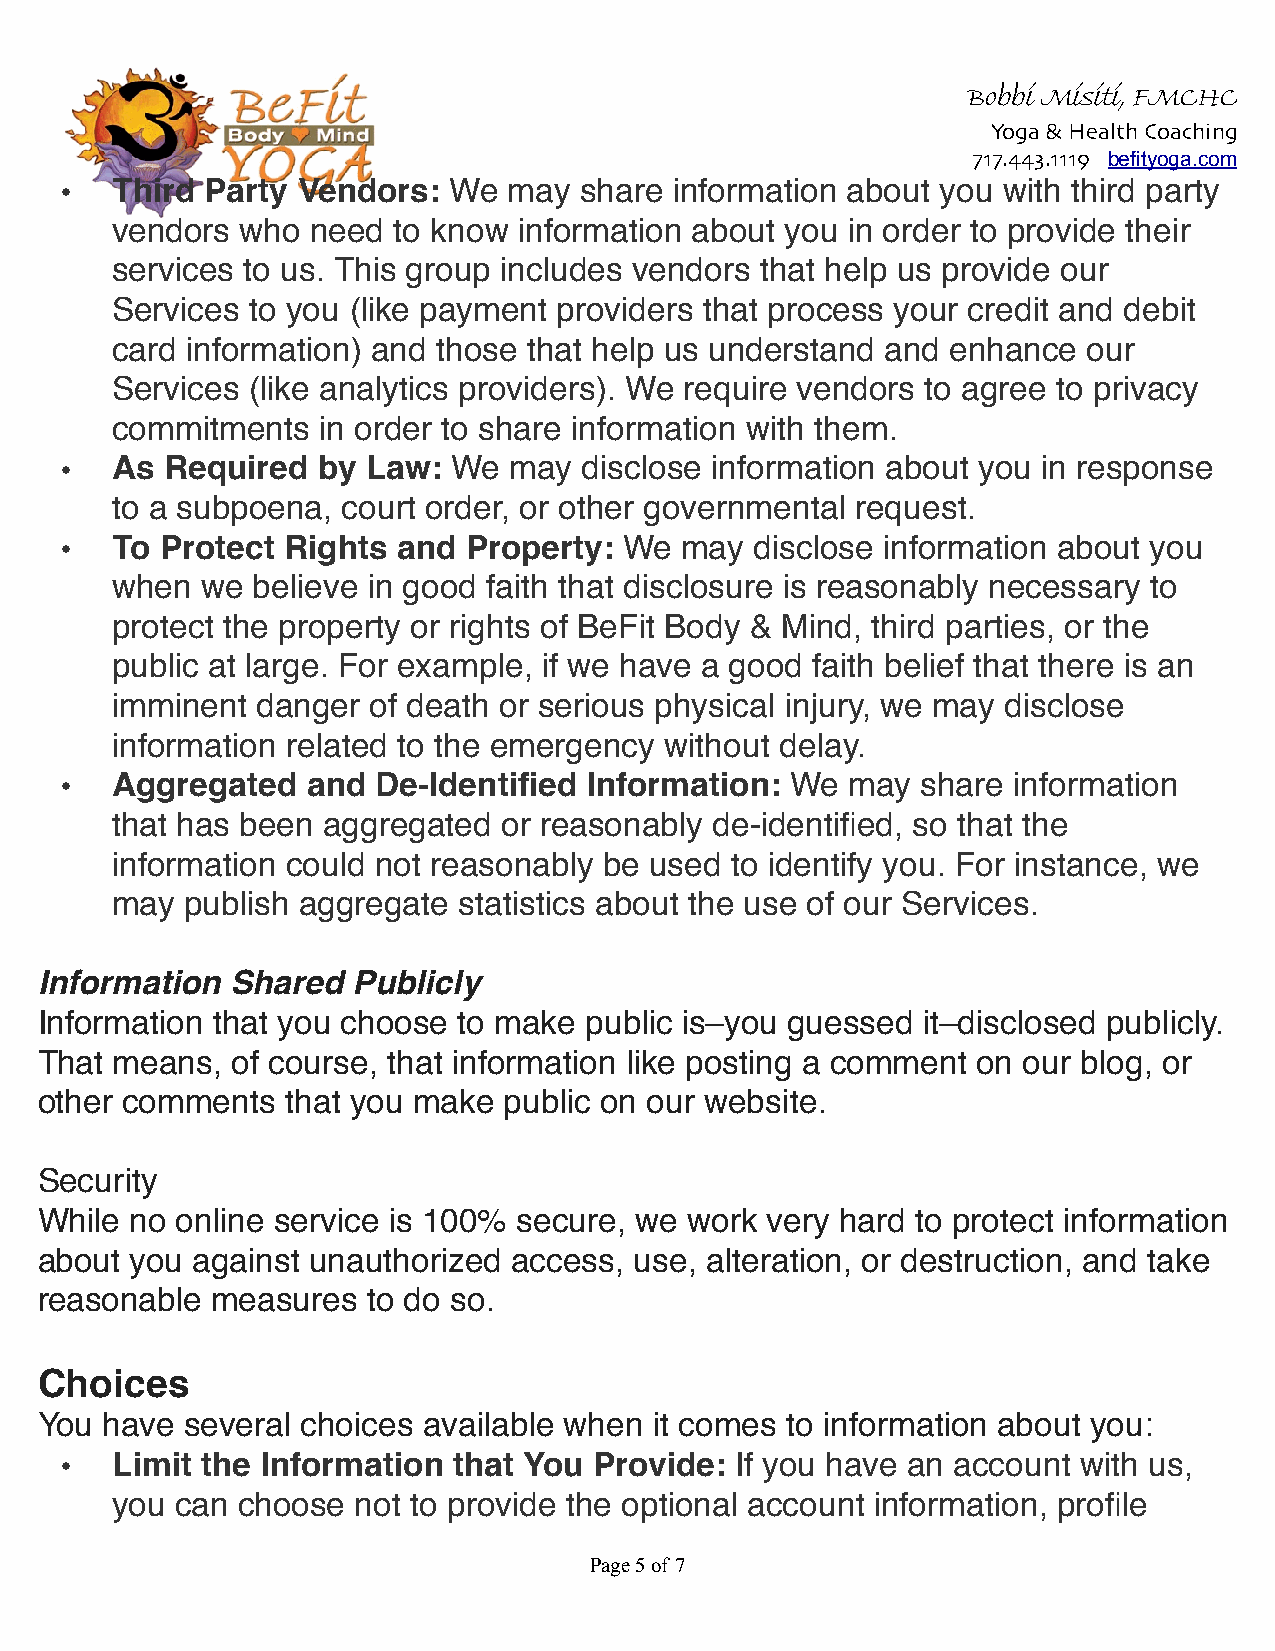
Bobbi Misiti, FMCHC
 Yoga & Health Coaching
 717.443.1119 befityoga.com
 •  Third  Party Vendors:  We  may share  information about you with third party
 vendors  who  need to know information about you in order to provide their
 services to us. This group includes vendors that help us provide our
 Services  to you (like payment providers that process your credit and debit
 card information) and those that help us understand and enhance  our
 Services  (like analytics providers). We require vendors to agree to privacy
 commitments   in order to share information with them.
 •  As  Required  by Law:  We  may  disclose information about you in response
 to a subpoena,  court order, or other governmental request.
 •  To  Protect Rights and  Property: We  may  disclose information about you
 when  we  believe in good faith that disclosure is reasonably necessary to
 protect the property or rights of BeFit Body & Mind, third parties, or the
 public at large. For example, if we have a good faith belief that there is an
 imminent  danger of death or serious physical injury, we may disclose
 information related to the emergency without delay.
 •  Aggregated   and  De-Identified Information: We  may  share information
 that has been aggregated  or reasonably de-identified, so that the
 information could not reasonably be used to identify you. For instance, we
 may  publish aggregate statistics about the use of our Services.
 Information  Shared  Publicly
 Information that you choose to make  public is–you guessed it–disclosed publicly.
 That  means, of course, that information like posting a comment on our blog, or
 other comments   that you make public on our website.
 Security
 While  no online service is 100% secure, we work very hard to protect information
 about  you against unauthorized access, use, alteration, or destruction, and take
 reasonable  measures  to do so.
 Choices
 You  have several choices available when it comes to information about you:
 •  Limit the Information  that You Provide:  If you have an account with us,
 you  can choose  not to provide the optional account information, profile
 Page !5 of !7